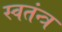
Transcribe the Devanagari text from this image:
स्वतंन्त्र